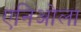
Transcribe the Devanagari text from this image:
एनिओला